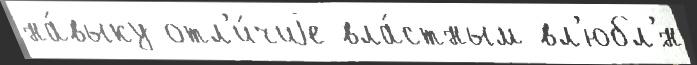
на́выку отл'и́чиjе вла́стным вл'юбл'́н